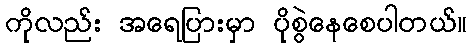
ကိုလည်း အရေပြားမှာ ပိုစွဲနေစေပါတယ်။